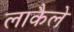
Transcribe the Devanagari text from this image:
लाकैले